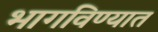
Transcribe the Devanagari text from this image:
भागविण्यात